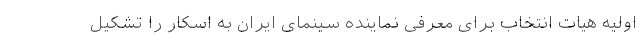
اولیه هیات انتخاب برای معرفی نماینده سینمای ایران به اسکار را تشکیل